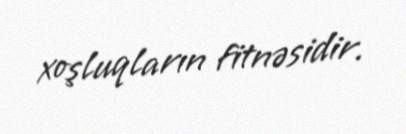
xoşluqların fitnəsidir.